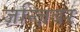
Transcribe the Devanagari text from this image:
ज़न्ज़िबर